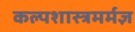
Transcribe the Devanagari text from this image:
कल्पशास्त्रमर्मज्ञ